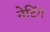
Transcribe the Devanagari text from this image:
नेटिंग